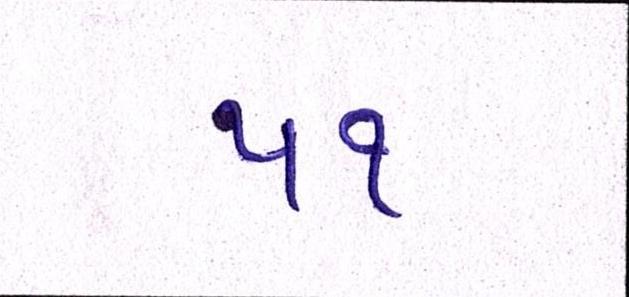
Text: ૫૧